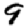
Digit: 9